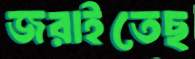
জরাইতেছ